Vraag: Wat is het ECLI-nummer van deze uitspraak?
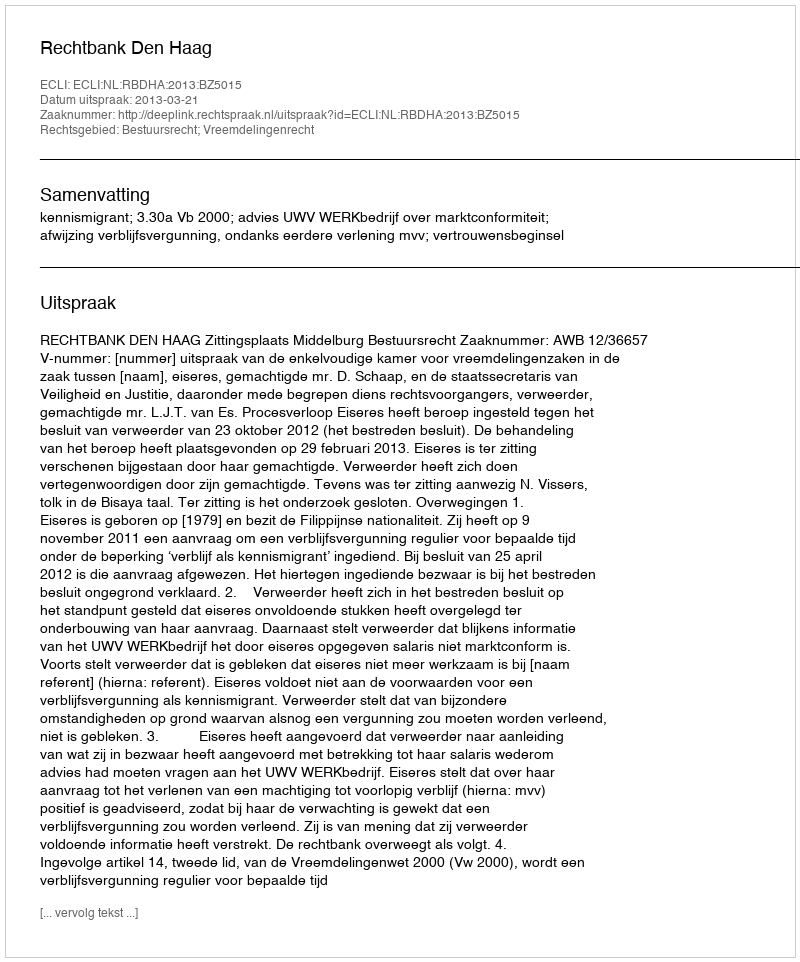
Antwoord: ECLI:NL:RBDHA:2013:BZ5015